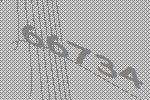
66734